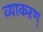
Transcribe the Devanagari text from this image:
व्याकरण्